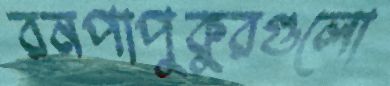
রনপাপুকুরগুলো